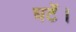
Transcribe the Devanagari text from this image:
घटें।